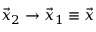
\vec { x } _ { 2 } \rightarrow \vec { x } _ { 1 } \equiv \vec { x }